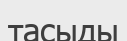
тасыды